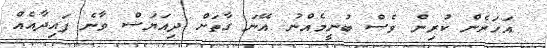
އަހަރެން ކުރިން ވެސް ބުނީމެއްނު އޭނަ ގާތަށް ދިއަޔަސް ވާނެ ފައިދާއެއް